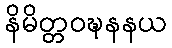
နိမိတ္တဝဍ္ဎနနယ